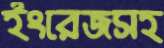
ইংরেজসহ